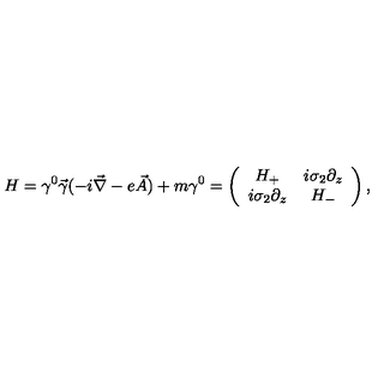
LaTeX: H = \gamma ^ { 0 } \vec { \gamma } ( - i \vec { \nabla } - e \vec { A } ) + m \gamma ^ { 0 } = \left( \begin{array} { c c } { H _ { + } } & { i \sigma _ { 2 } \partial _ { z } } \\ { i \sigma _ { 2 } \partial _ { z } } & { H _ { - } } \\ \end{array} \right) ,